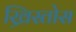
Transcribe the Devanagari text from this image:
ख्रिस्तोस